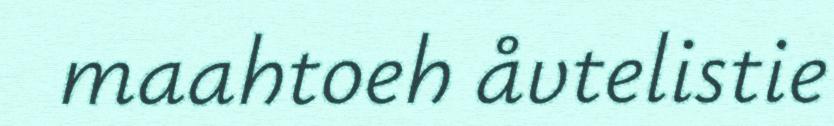
maahtoeh åvtelistie